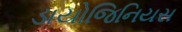
ડાયોજિનિયસ